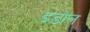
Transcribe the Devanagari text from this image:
इंडोल